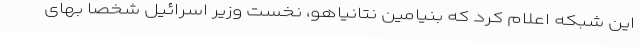
این شبکه اعلام کرد که بنیامین نتانیاهو، نخست وزیر اسرائیل شخصاً بهای